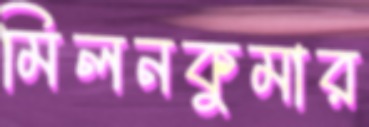
মিলনকুমার